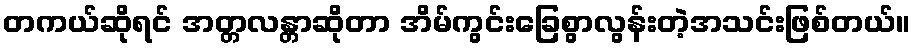
တကယ်ဆိုရင် အတ္တလန္တာဆိုတာ အိမ်ကွင်းခြေစွာလွန်းတဲ့အသင်းဖြစ်တယ်။